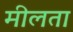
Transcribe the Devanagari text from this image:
मीलता